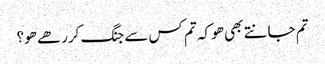
تم جانتے بھی ھو کہ تم کس سے جنگ کررھے ھو؟